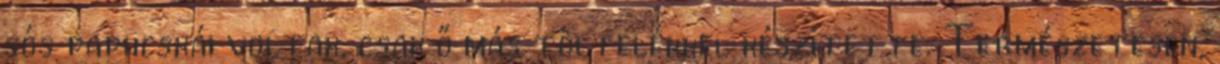
sós papucskái voltak, csak ő más töltelékkel készítette. Természetesen,